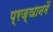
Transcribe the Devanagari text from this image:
प्रज्ञानमें